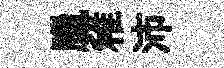
臘稚沛